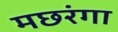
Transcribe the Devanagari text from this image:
मछरंगा